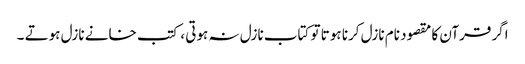
اگر قرآن کا مقصود نام نازل کرنا ہوتا تو کتاب نازل نہ ہوتی ، کتب خانے نازل ہوتے ۔